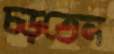
চড়তেন